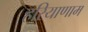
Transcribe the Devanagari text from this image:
हरियाणाम